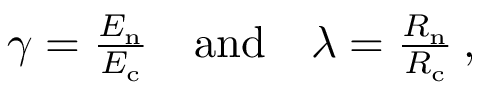
\begin{array} { r } { \gamma = \frac { E _ { \mathrm { n } } } { E _ { \mathrm { c } } } \quad \mathrm { a n d } \quad \lambda = \frac { R _ { \mathrm { n } } } { R _ { \mathrm { c } } } \: , } \end{array}